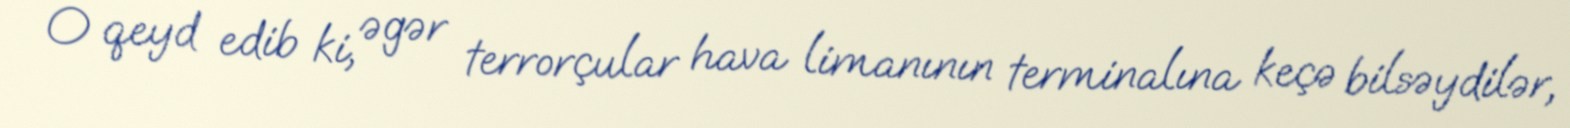
O qeyd edib ki, əgər terrorçular hava limanının terminalına keçə bilsəydilər,